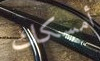
أمسكك